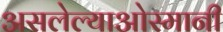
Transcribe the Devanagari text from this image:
असलेल्याओस्मानी